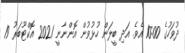
ދުވަހުގެ 10:00 އެވެ. އަދި ބީލަން ހުޅުވުން އޮންނާނީ 2021 އޮކްޓޫބަރު 19